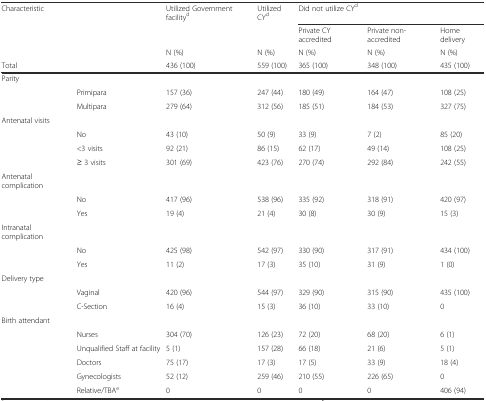
<table><thead><tr><td><b>Characteristic</b></td><td></td><td><b>Utilized Government facility<sup>d</sup></b></td><td><b>Utilized CY<sup>d</sup></b></td><td colspan="3"><b>Did not utilize CY<sup>d</sup></b></td></tr><tr><td></td><td></td><td></td><td></td><td><b>Private CY accredited</b></td><td><b>Private non-accredited</b></td><td><b>Home delivery</b></td></tr><tr><td></td><td></td><td><b>N (%)</b></td><td><b>N (%)</b></td><td><b>N (%)</b></td><td><b>N (%)</b></td><td><b>N (%)</b></td></tr><tr><td><b>Total</b></td><td></td><td><b>436 (100)</b></td><td><b>559 (100)</b></td><td><b>365 (100)</b></td><td><b>348 (100)</b></td><td><b>435 (100)</b></td></tr></thead><tbody><tr><td>Parity</td><td></td><td></td><td></td><td></td><td></td><td></td></tr><tr><td></td><td>Primipara</td><td>157 (36)</td><td>247 (44)</td><td>180 (49)</td><td>164 (47)</td><td>108 (25)</td></tr><tr><td></td><td>Multipara</td><td>279 (64)</td><td>312 (56)</td><td>185 (51)</td><td>184 (53)</td><td>327 (75)</td></tr><tr><td>Antenatal visits</td><td></td><td></td><td></td><td></td><td></td><td></td></tr><tr><td></td><td>No</td><td>43 (10)</td><td>50 (9)</td><td>33 (9)</td><td>7 (2)</td><td>85 (20)</td></tr><tr><td></td><td>&lt;3 visits</td><td>92 (21)</td><td>86 (15)</td><td>62 (17)</td><td>49 (14)</td><td>108 (25)</td></tr><tr><td></td><td>≥ 3 visits</td><td>301 (69)</td><td>423 (76)</td><td>270 (74)</td><td>292 (84)</td><td>242 (55)</td></tr><tr><td>Antenatal complication</td><td></td><td></td><td></td><td></td><td></td><td></td></tr><tr><td></td><td>No</td><td>417 (96)</td><td>538 (96)</td><td>335 (92)</td><td>318 (91)</td><td>420 (97)</td></tr><tr><td></td><td>Yes</td><td>19 (4)</td><td>21 (4)</td><td>30 (8)</td><td>30 (9)</td><td>15 (3)</td></tr><tr><td>Intranatal complication</td><td></td><td></td><td></td><td></td><td></td><td></td></tr><tr><td></td><td>No</td><td>425 (98)</td><td>542 (97)</td><td>330 (90)</td><td>317 (91)</td><td>434 (100)</td></tr><tr><td></td><td>Yes</td><td>11 (2)</td><td>17 (3)</td><td>35 (10)</td><td>31 (9)</td><td>1 (0)</td></tr><tr><td>Delivery type</td><td></td><td></td><td></td><td></td><td></td><td></td></tr><tr><td></td><td>Vaginal</td><td>420 (96)</td><td>544 (97)</td><td>329 (90)</td><td>315 (90)</td><td>435 (100)</td></tr><tr><td></td><td>C-Section</td><td>16 (4)</td><td>15 (3)</td><td>36 (10)</td><td>33 (10)</td><td>0</td></tr><tr><td>Birth attendant</td><td></td><td></td><td></td><td></td><td></td><td></td></tr><tr><td></td><td>Nurses</td><td>304 (70)</td><td>126 (23)</td><td>72 (20)</td><td>68 (20)</td><td>6 (1)</td></tr><tr><td></td><td>Unqualified Staff at facility</td><td>5 (1)</td><td>157 (28)</td><td>66 (18)</td><td>21 (6)</td><td>5 (1)</td></tr><tr><td></td><td>Doctors</td><td>75 (17)</td><td>17 (3)</td><td>17 (5)</td><td>33 (9)</td><td>18 (4)</td></tr><tr><td></td><td>Gynecologists</td><td>52 (12)</td><td>259 (46)</td><td>210 (55)</td><td>226 (65)</td><td>0</td></tr><tr><td></td><td>Relative/TBA<sup>e</sup></td><td>0</td><td>0</td><td>0</td><td>0</td><td>406 (94)</td></tr></tbody></table>